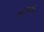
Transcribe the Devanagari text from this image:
कलेर्मोन्ट